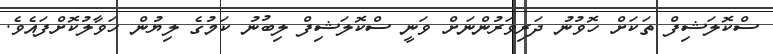
ސްކޮލަޝިފް ތަކަށް ހޮވުނު ދަރިވަރުންނަށް ވަނީ ސްކޮލަޝިފް ލިބުނު ކަމުގެ ލިޔުން ހަވާލުކޮށްފައެވެ.